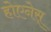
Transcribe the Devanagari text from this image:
होएनेस्